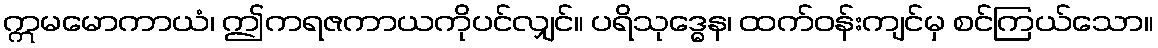
ဣမမောကာယံ၊ ဤကရဇကာယကိုပင်လျှင်။ ပရိသုဒ္ဓေန၊ ထက်ဝန်းကျင်မှ စင်ကြယ်သော။